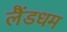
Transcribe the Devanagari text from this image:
लैंडधम